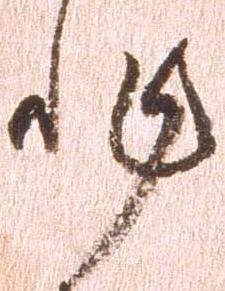
非